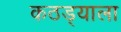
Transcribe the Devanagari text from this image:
कठड्याला